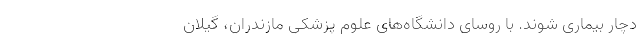
دچار بیماری شوند. با روسای دانشگاه‌های علوم پزشکی مازندران، گیلان